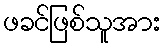
ဖခင်ဖြစ်သူအား